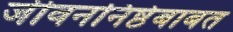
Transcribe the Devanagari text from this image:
जीवननिष्ठेबाबत